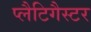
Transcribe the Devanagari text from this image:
प्लैटिगैस्टर